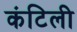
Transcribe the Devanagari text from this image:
कंटिली